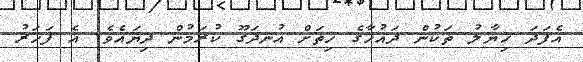
އެފަދަ ޚިޔާލު ތަކުން ދައުހާގެ ހިތަށް އުނދަގޫ ކުރަމުން ދިޔައެވެ. އެ ފަހަރު